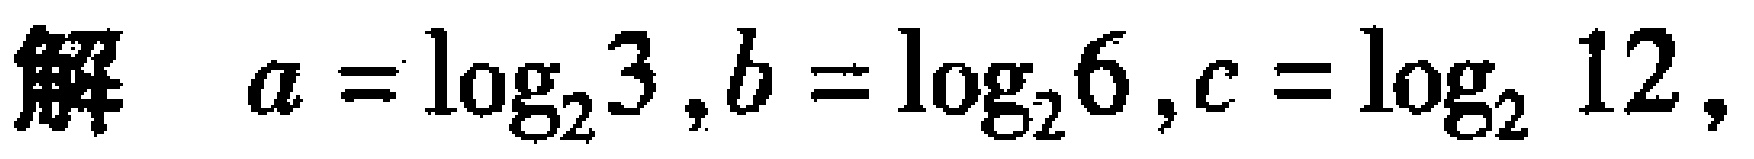
解 \(a = \log_{2}3, b = \log_{2}6, c = \log_{2}12\)，